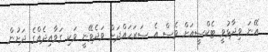
އޭނަ ވިދާޅުވީ ޓެކްސީއަށް ވެސް އެ ސަރަހައްދަށް ވަދެވޭނީ ވަކި ގަވާއިދެއްގެ ދަށުން